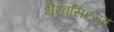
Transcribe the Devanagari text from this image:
भैरवसिंहराव